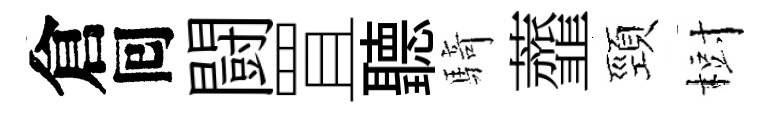
倉囘闘罝聽騎虀頸𣗳